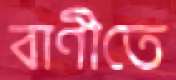
বাণীতে